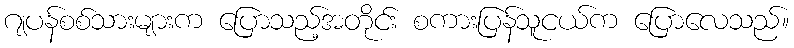
ဂျပန်စစ်သားများက ပြောသည့်အတိုင်း စကားပြန်သူငယ်က ပြောလေသည်။